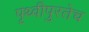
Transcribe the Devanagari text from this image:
पृथ्वीपुरतेच